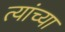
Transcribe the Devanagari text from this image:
त्यांच्या